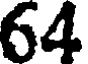
64